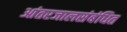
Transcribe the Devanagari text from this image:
आंतरजालसंबंधित